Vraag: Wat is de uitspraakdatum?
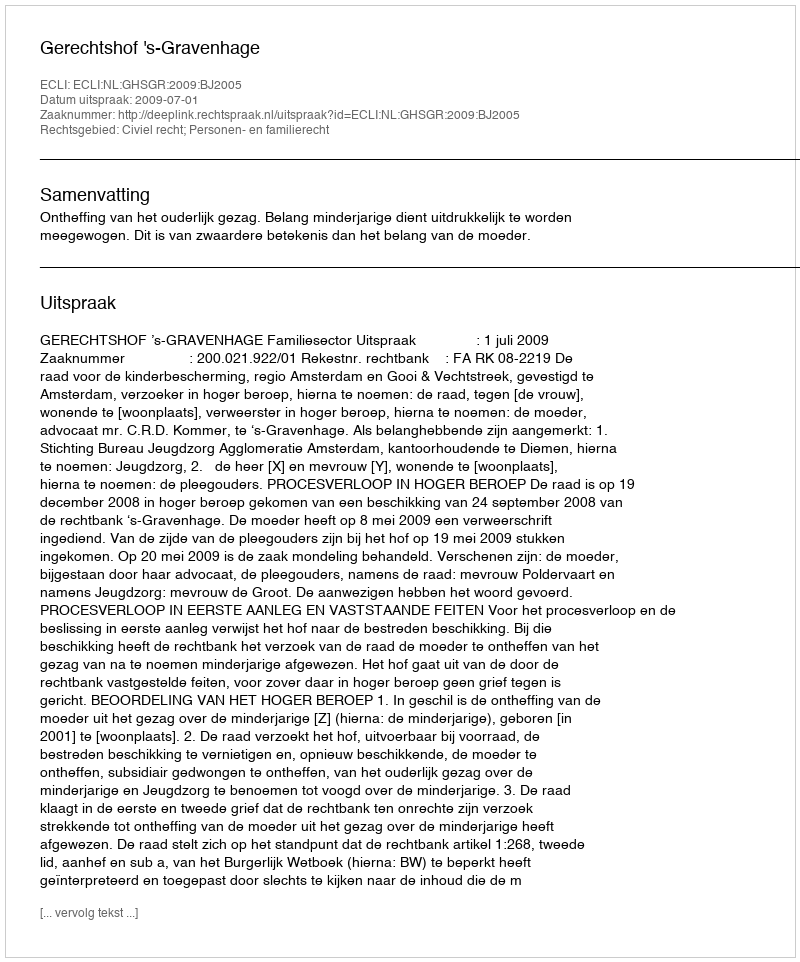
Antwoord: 2009-07-01